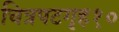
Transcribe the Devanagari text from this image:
चित्रपटगृह१०